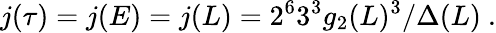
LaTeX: j(\tau)=j(E)=j(L)=2^{6}3^{3}g_{2}(L)^{3}/\Delta(L)\ .